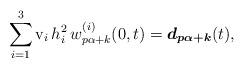
LaTeX: \begin{align*} \sum\limits_{i=1}^3 \mathrm{v}_i \, h_i^2\, w_{p\alpha +k}^{(i)} (0,t) = \boldsymbol{d_{p\alpha +k}}(t),\end{align*}